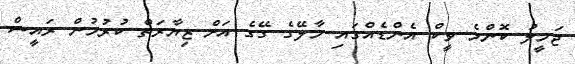
ޖަމީލު ކޮންމެ ވީކް އެންޑެއްގައި މާލޭގެ ގޭގެ އަށް ޒިޔާރަތް ކުރުމުން ރައީސް